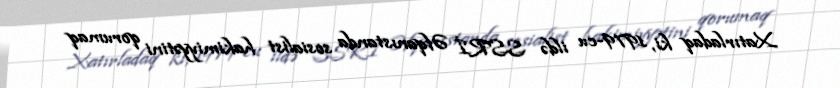
Xatırladaq ki, 1979-cu ildə SSRİ Əfqanıstanda sosialist hakimiyyətini qorumaq